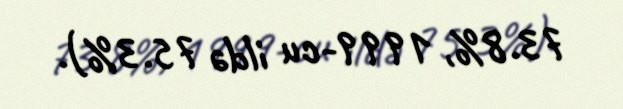
73.8%, 1999-cu ildə 75.3%).